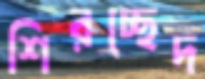
শিরচ্ছেদ